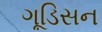
ગૂડિસન